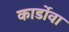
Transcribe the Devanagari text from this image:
कार्डोवा